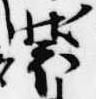
装